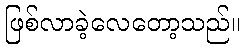
ဖြစ်လာခဲ့လေတော့သည်။